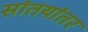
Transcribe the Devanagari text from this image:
सांतयांतर